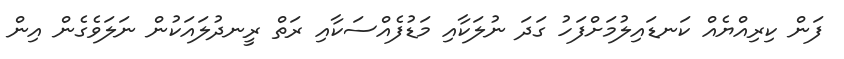
ފަން ކިރިއްޔެއް ކަނޑައިލުމަށްފަހު ގަދަ ނުލަކާއި މަޑުފެއްސަކާއި ރަތް ރީނދުލައަކުން ނަލަވެގެން އިން